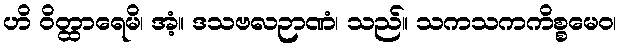
ဟိ ဝိတ္ထာရေမိ၊ အံ့။ ဒသဗလဉာဏံ၊ သည်။ သကသကကိစ္စမေဝ၊